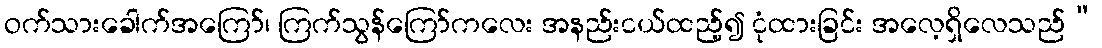
ဝက်သားခေါက်အကြော်၊ ကြက်သွန်ကြော်ကလေး အနည်းငယ်ထည့်၍ ငုံထားခြင်း အလေ့ရှိလေသည်”